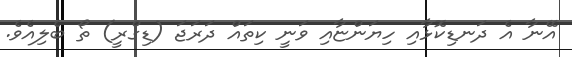
އޭނާ އެ ދަނޑިކޮޅާއި ހިޔަންޏާއި ވަނީ ކިތައް ދަރަޖަ (ޑިގްރީ) ތޯ ބެލިއެވެ.